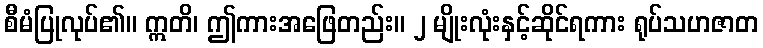
စီမံပြုလုပ်၏။ ဣတိ၊ ဤကားအဖြေတည်း။ ၂ မျိုးလုံးနှင့်ဆိုင်ရကား ရုပ်သဟဇာတ